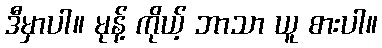
ဒီမှာပါ။ မုန့် ကိုယ့် ဘာသာ ယူ စားပါ။